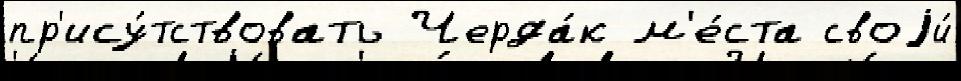
пр'ису́тствовать Черда́к м'е́ста своjи́